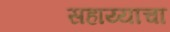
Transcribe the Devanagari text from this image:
सहाय्याचा